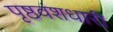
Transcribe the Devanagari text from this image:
पृष्ठवंशधारी